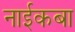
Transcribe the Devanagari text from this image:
नाईकबा